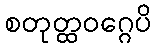
စတုတ္ထဝဂ္ဂေပိ